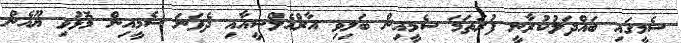
ސެމީގައި ބައްދަލުކުރާނީ ފުރަތަމަ ސެމީއިން ބަލިވި އާރްއެލްސީއާއި ދެވަނަ ސެމީއިން މޮޅުވި ޔޫއެން